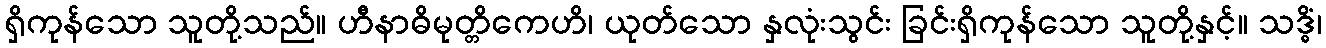
ရှိကုန်သော သူတို့သည်။ ဟီနာဓိမုတ္တိကေဟိ၊ ယုတ်သော နှလုံးသွင်း ခြင်းရှိကုန်သော သူတို့နှင့်။ သဒ္ဓိံ၊